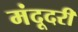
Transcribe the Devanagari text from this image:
मंदूदरी